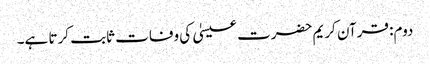
دوم: قرآن کریم حضرت عیسیٰ کی وفات ثابت کرتا ہے۔